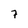
Character: 7